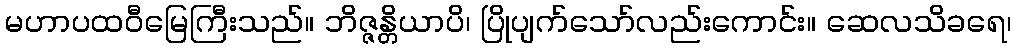
မဟာပထဝီမြေကြီးသည်။ ဘိဇ္ဇန္တိယာပိ၊ ပြိုပျက်သော်လည်းကောင်း။ ဆေလသိခရေ၊